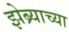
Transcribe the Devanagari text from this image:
झेब्र्याच्या